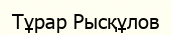
Тұрар Рысқұлов